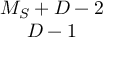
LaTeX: \begin{array} { c } { { M _ { S } + D - 2 } } \\ { { D - 1 } } \end{array}